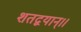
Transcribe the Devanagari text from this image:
शतद्वयान्।।